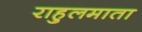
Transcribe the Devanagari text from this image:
राहुलमाता